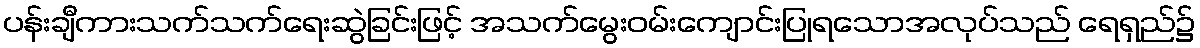
ပန်းချီကားသက်သက်ရေးဆွဲခြင်းဖြင့် အသက်မွေးဝမ်းကျောင်းပြုရသောအလုပ်သည် ရေရှည်၌